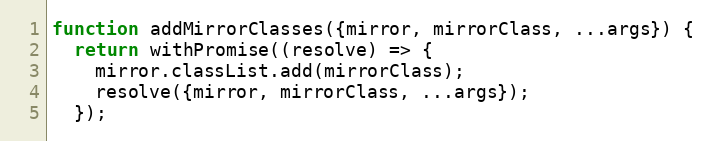
Language: JavaScript
function addMirrorClasses({mirror, mirrorClass, ...args}) {
  return withPromise((resolve) => {
    mirror.classList.add(mirrorClass);
    resolve({mirror, mirrorClass, ...args});
  });